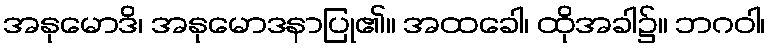
အနုမောဒိ၊ အနုမောဒနာပြု၏။ အထခေါ၊ ထိုအခါ၌။ ဘဂဝါ၊